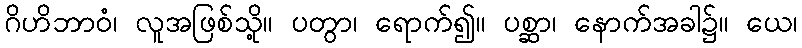
ဂိဟိဘာဝံ၊ လူအဖြစ်သို့။ ပတွာ၊ ရောက်၍။ ပစ္ဆာ၊ နောက်အခါ၌။ ယေ၊